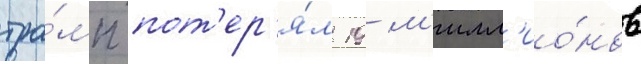
тра́мп пот'ер'я́л 19 м'илл'ио́нов